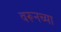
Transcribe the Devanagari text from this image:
वरूनच्या